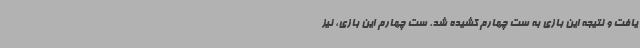
یافت و نتیجه این بازی به ست چهارم کشیده شد. ست چهارم این بازی، نیز